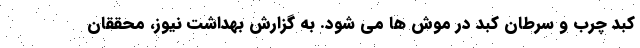
کبد چرب و سرطان کبد در موش ها می شود. به گزارش بهداشت نیوز، محققان